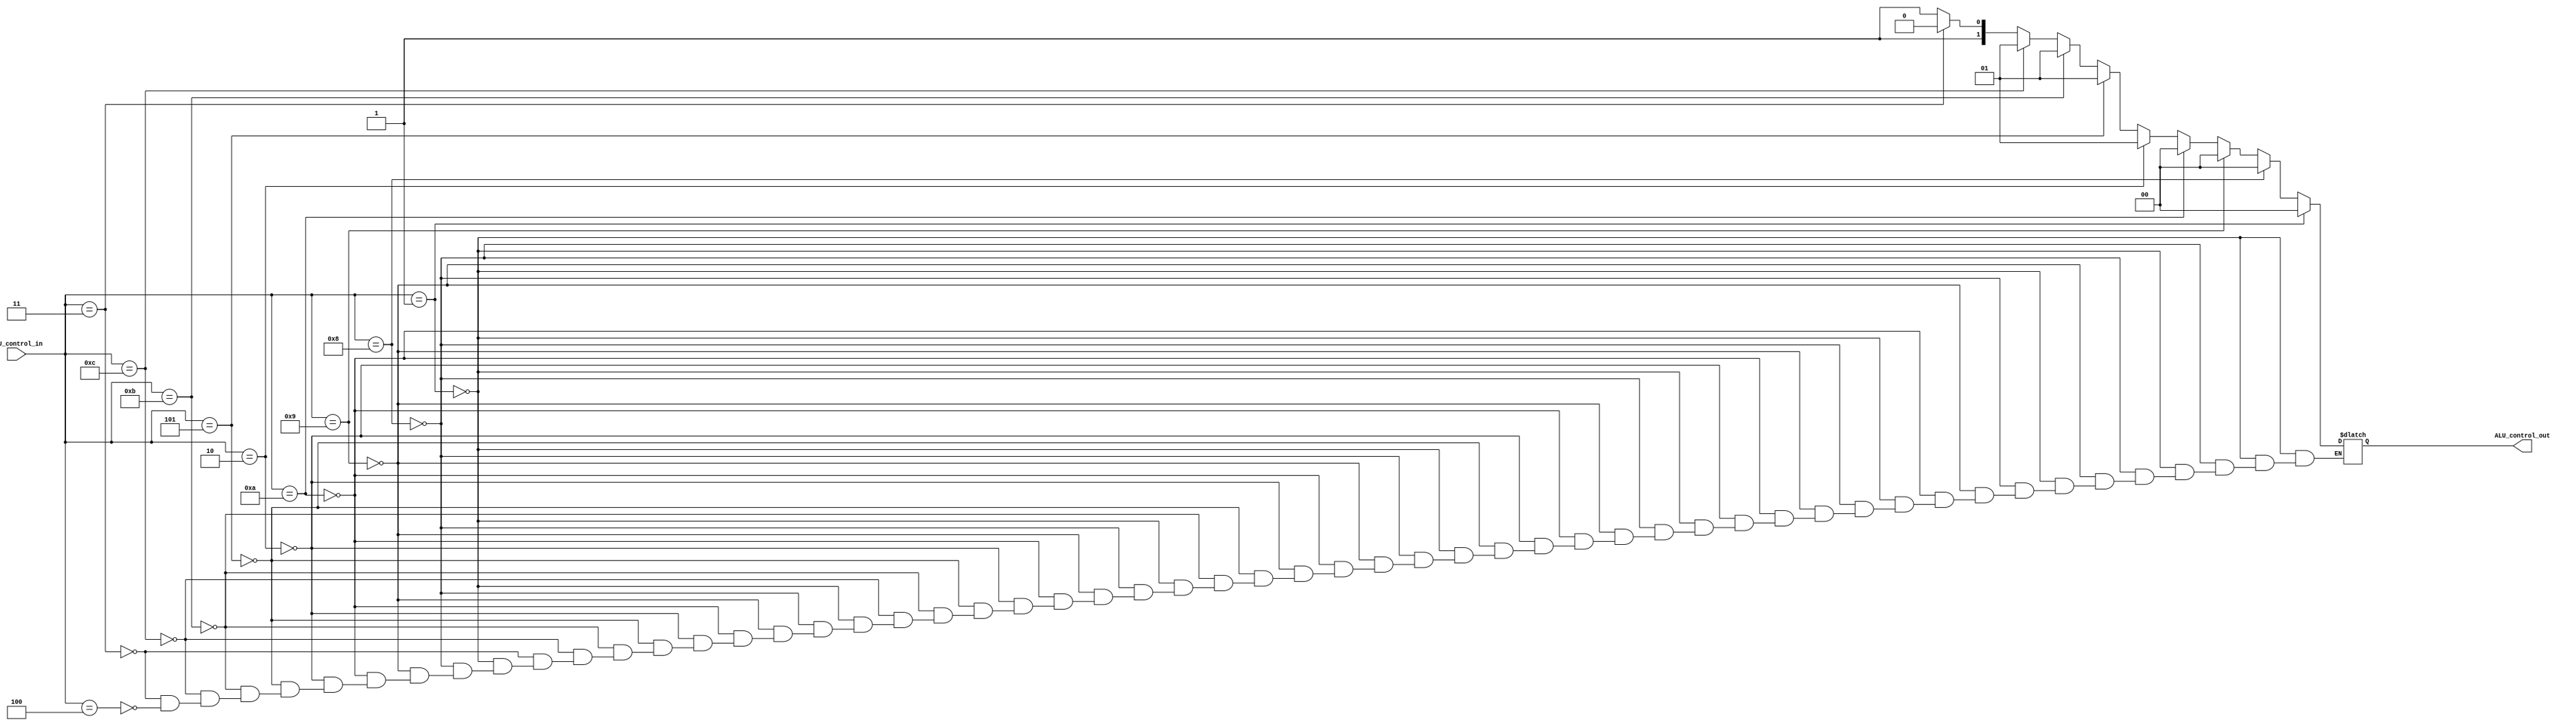
`timescale 1ns / 1ps
module ALU_controller(
    ALU_control_in,
    ALU_control_out
    );
    
parameter M=4;

input [M-1:0] ALU_control_in;
output reg [1:0] ALU_control_out;

always @ (*)
    
    begin
     
    if (ALU_control_in== 1)
		ALU_control_out= 0;
    
    else if (ALU_control_in==8)
		ALU_control_out= 0;

    else if (ALU_control_in==9)
		ALU_control_out= 0;
    
    else if (ALU_control_in==10)
		ALU_control_out= 0;
    
    else if (ALU_control_in==2)
		ALU_control_out= 1;
    
    else if (ALU_control_in==5)
        ALU_control_out= 1;
    
    else if (ALU_control_in==11)
		ALU_control_out= 1;
		
    else if (ALU_control_in==12)
		ALU_control_out= 1;

    else if (ALU_control_in==3)
		ALU_control_out= 2;
    
    else if (ALU_control_in==4)
		ALU_control_out= 3;
    
    end
     
endmodule